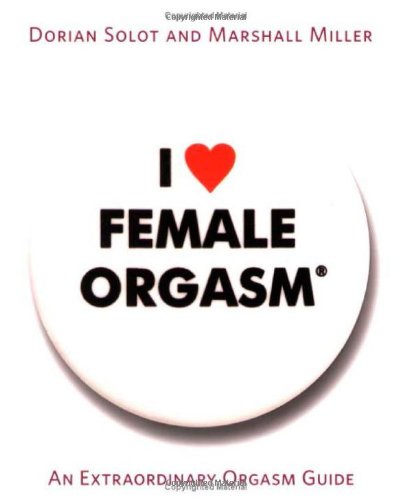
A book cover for I Love Female Orgasm: An Extraordinary Orgasm Guide; Dorian Solot; Self-Help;